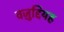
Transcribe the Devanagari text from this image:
वज़ुद्दियह